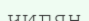
чигян